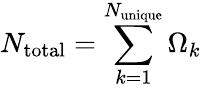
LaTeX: N_{\mathrm{total}}=\sum_{k=1}^{N_{\mathrm{unique}}}\Omega_{k}